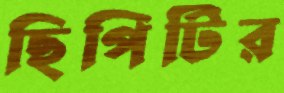
ছিপিটির